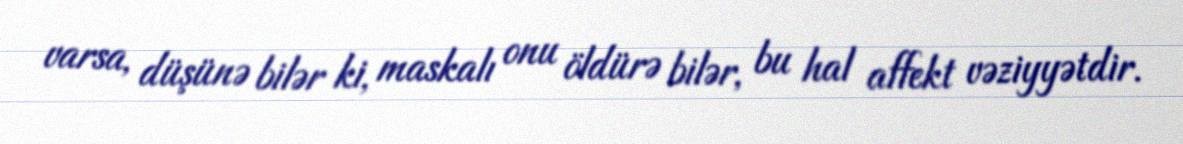
varsa, düşünə bilər ki, maskalı onu öldürə bilər, bu hal affekt vəziyyətdir.